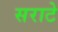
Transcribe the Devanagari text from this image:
सराटे